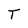
Character: T